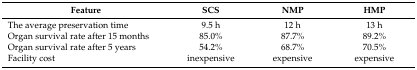
| Feature | SCS | NMP | HMP |
 | --- | --- | --- | --- |
 | The average preservation time | 9.5 h | 12 h | 13 h |
 | Organ survival rate after 15 months | 85.0% | 87.7% | 89.2% |
 | Organ survival rate after 5 years | 54.2% | 68.7% | 70.5% |
 | Facility cost | inexpensive | expensive | expensive |